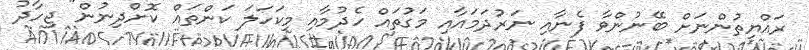
ރައްޔިތުންނަށް ބޭނުންވާ ފެނާއި ނަރުދަމައާއި މަގުތައް ހެދުމާއި މިކަހަލަ ކަންތައް ކޮށްދިނުން" ޖިހާދު